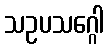
သဥပသဂ္ဂေါ